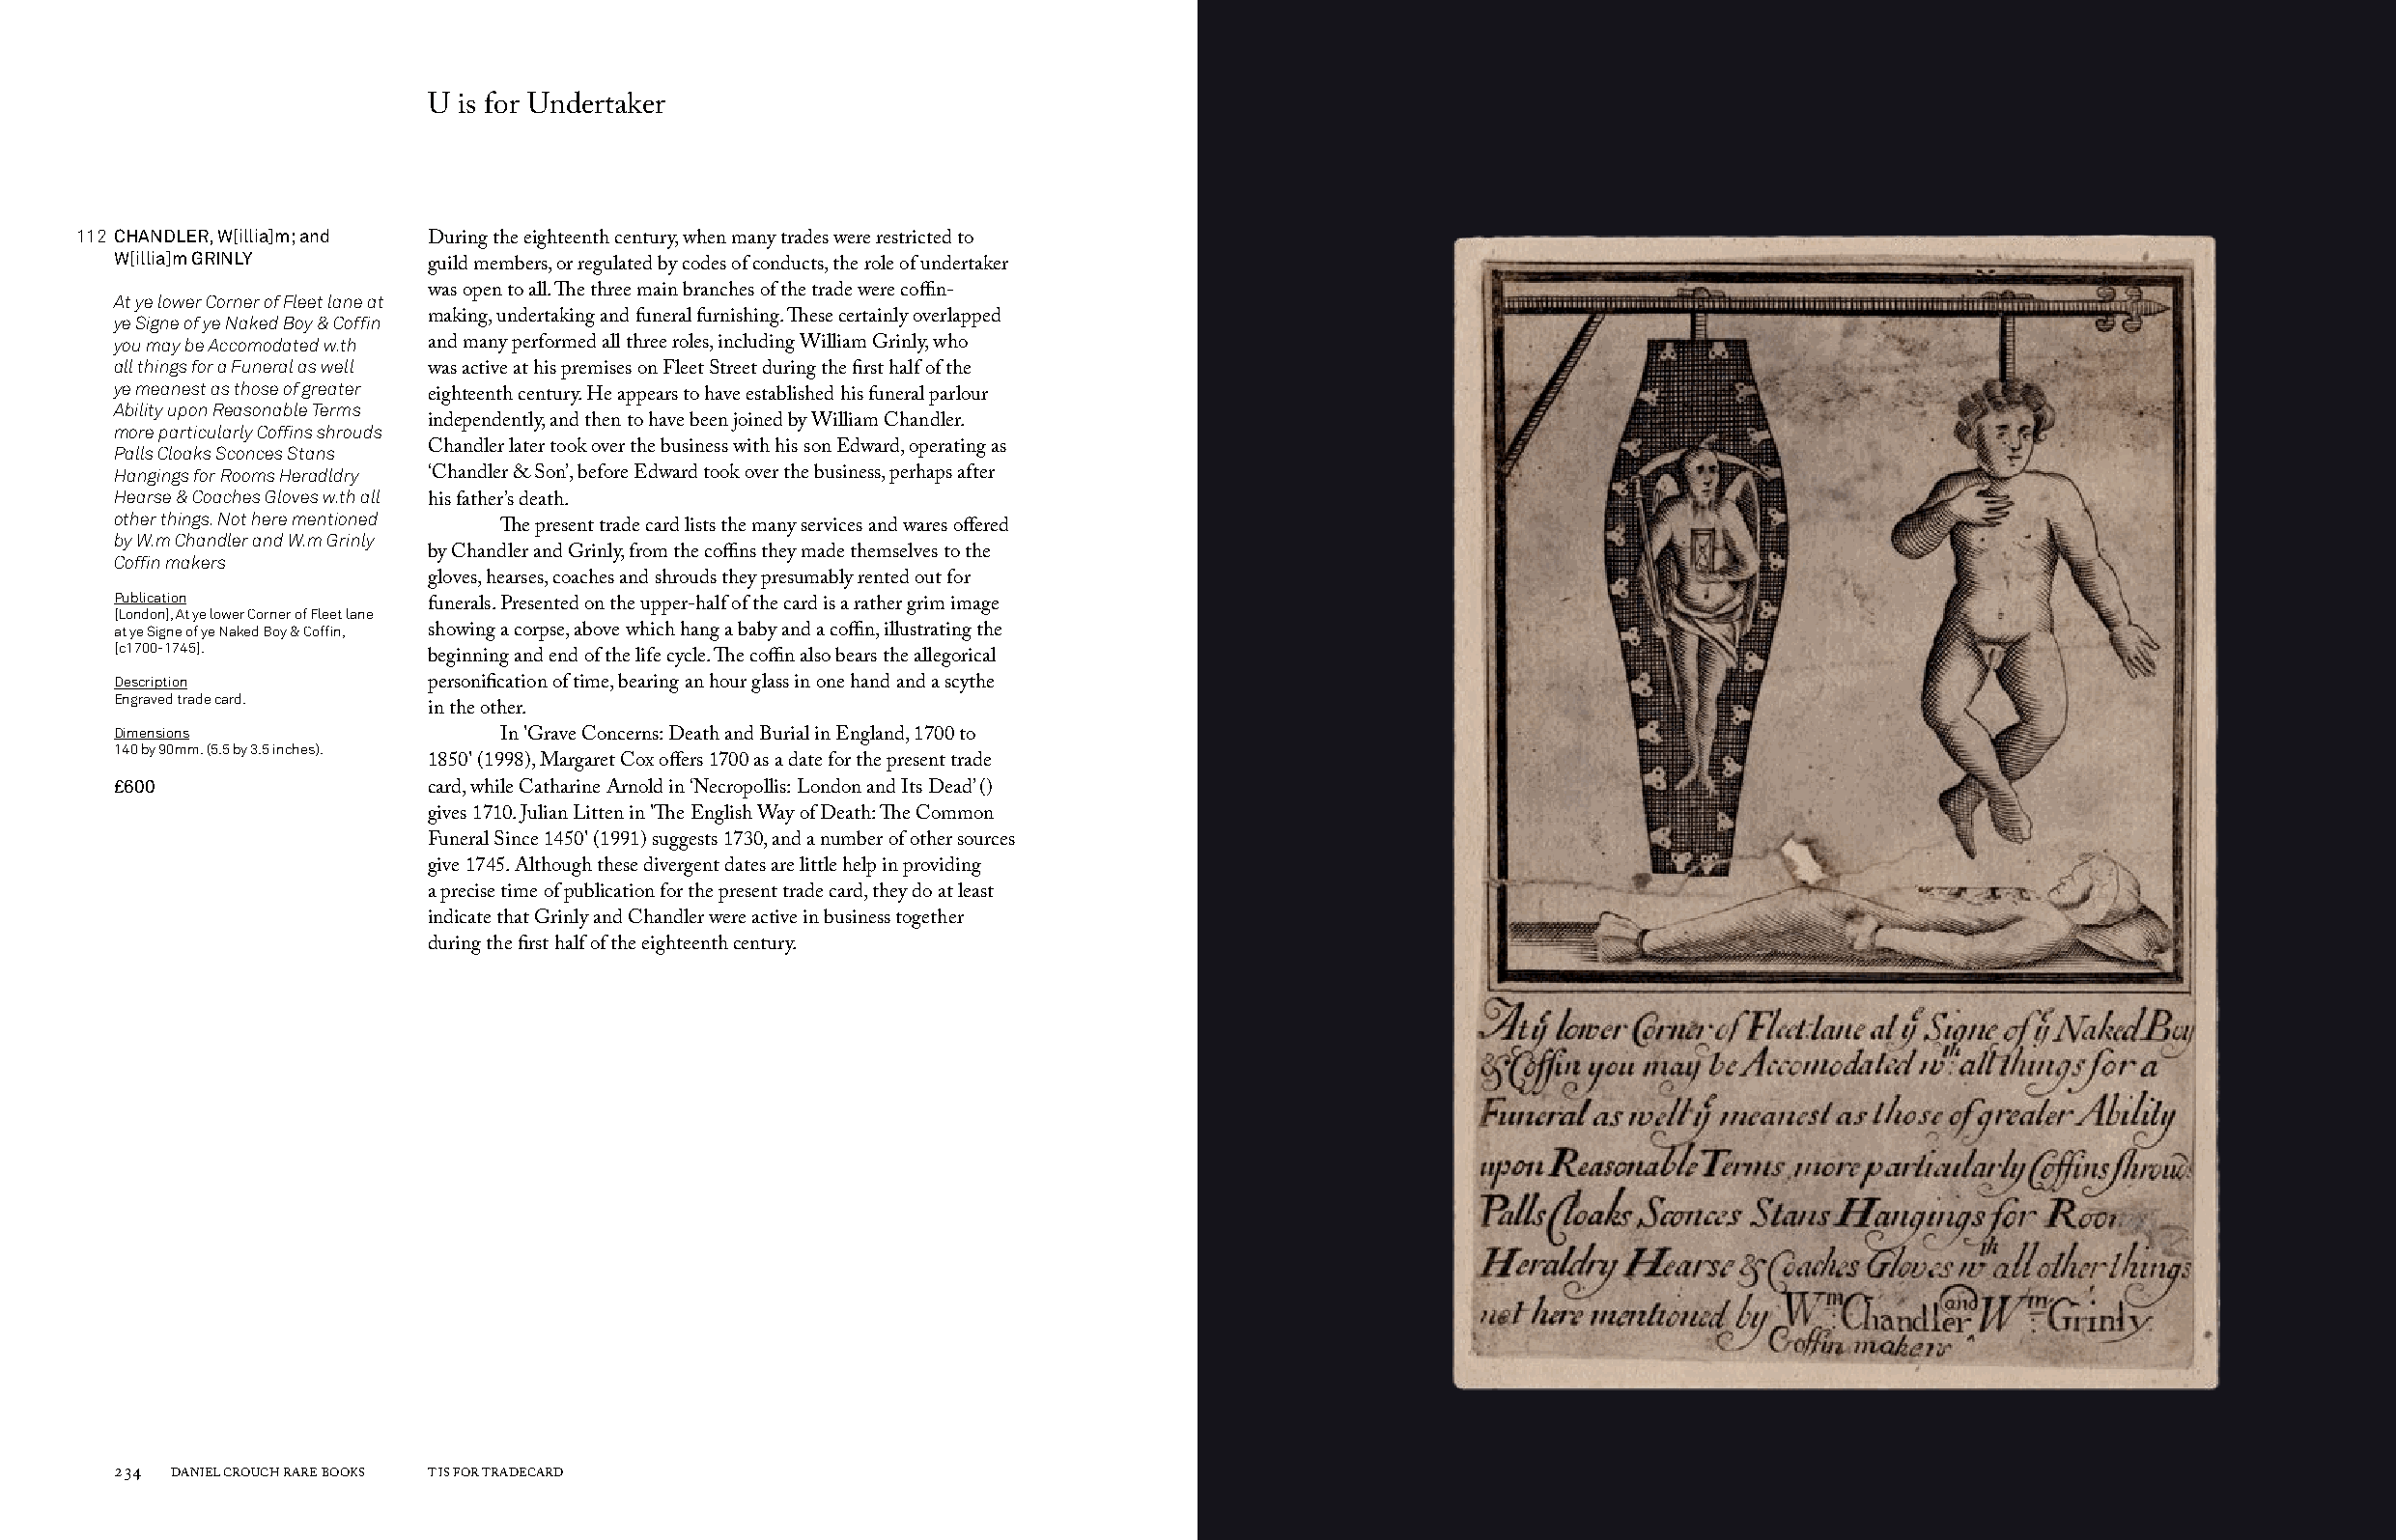
U is for Undertaker
 112 CHANDLER, W[illia]m; and
 During the eighteenth century, when many trades were restricted to
 W[illia]m GRINLY
 guild members, or regulated by codes of conducts, the role of undertaker
 At ye lower Corner of Fleet lane at was open to all. The three main branches of the trade were coffin-
 ye Signe of ye Naked Boy & Coffin making, undertaking and funeral furnishing. These certainly overlapped
 you may be Accomodated w.th and many performed all three roles, including William Grinly, who
 all things for a Funeral as well
 was active at his premises on Fleet Street during the first half of the
 ye meanest as those of greater
 eighteenth century. He appears to have established his funeral parlour
 Ability upon Reasonable Terms
 more particularly Coffins shrouds independently, and then to have been joined by William Chandler.
 Palls Cloaks Sconces Stans Chandler later took over the business with his son Edward, operating as
 Hangings for Rooms Heradldry ‘Chandler & Son’, before Edward took over the business, perhaps after
 Hearse & Coaches Gloves w.th all
 his father’s death.
 other things. Not here mentioned
 The present trade card lists the many services and wares offered
 by W.m Chandler and W.m Grinly
 Coffin makers        by Chandler and Grinly, from the coffins they made themselves to the
 gloves, hearses, coaches and shrouds they presumably rented out for
 Publication
 [London], At ye lower Corner of Fleet lane funerals. Presented on the upper-half of the card is a rather grim image
 at ye Signe of ye Naked Boy & Coffin, showing a corpse, above which hang a baby and a coffin, illustrating the
 [c1700-1745].
 beginning and end of the life cycle. The coffin also bears the allegorical
 Description          personification of time, bearing an hour glass in one hand and a scythe
 Engraved trade card.
 in the other.
 Dimensions
 In 'Grave Concerns: Death and Burial in England, 1700 to
 140 by 90mm. (5.5 by 3.5 inches).
 1850' (1998), Margaret Cox offers 1700 as a date for the present trade
 £600
 card, while Catharine Arnold in ‘Necropollis: London and Its Dead’ ()
 gives 1710. Julian Litten in 'The English Way of Death: The Common
 Funeral Since 1450' (1991) suggests 1730, and a number of other sources
 give 1745. Although these divergent dates are little help in providing
 a precise time of publication for the present trade card, they do at least
 indicate that Grinly and Chandler were active in business together
 during the first half of the eighteenth century.
 234 DANIEL CROUCH RARE BOOKS T IS FOR TRADECARD                                                                       T IS FOR TRADECARD DANIEL CROUCH RARE BOOKS 235